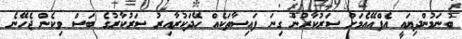
ބުނަމުންދިޔައީ އެފްއޭއެމަށް ސަރުކާރުން ގިނަ ފައިސާތަކެއް ހޭދަކުރާއިރު ސަރުކާރުގެ ބަސް ވިކެން ޖެހޭނެ